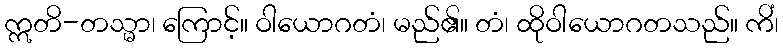
ဣတိ-တသ္မာ၊ ကြောင့်။ ဝါယောဂတံ၊ မည်၏။ တံ၊ ထိုဝါယောဂတသည်။ ကိံ၊